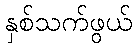
နှစ်သက်ဖွယ်